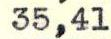
35,41